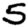
Digit: 5